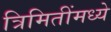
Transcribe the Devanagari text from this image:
त्रिमितींमध्ये